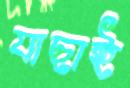
যাছাই